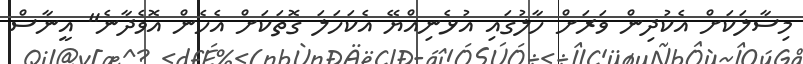
މިސާލަކަށް އެކުދިން ވަރަށް ހާލުގައި އުޅެނިއްޔޭ އެކަހަލަ ގޮތަކަށް އެހެން އޮވެދާނެ" އީނާސް